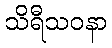
သိရီသဝနာ